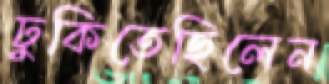
ঢুকিতেছিলেন